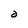
Character: a